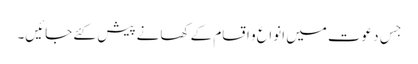
جِس دعوت میں انواع و اقسام کے کھانے پیش کئے جائیں۔